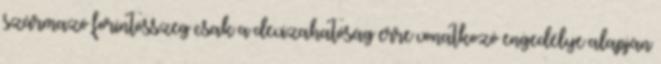
származó forintösszeg csak a devizahatóság erre vonatkozó engedélye alapján